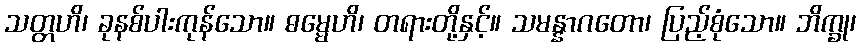
သတ္တဟိ၊ ခုနစ်ပါးကုန်သော။ ဓမ္မေဟိ၊ တရားတို့နှင့်။ သမန္နာဂတော၊ ပြည့်စုံသော။ ဘိက္ခု၊